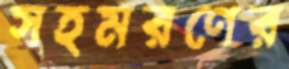
সহমরণের